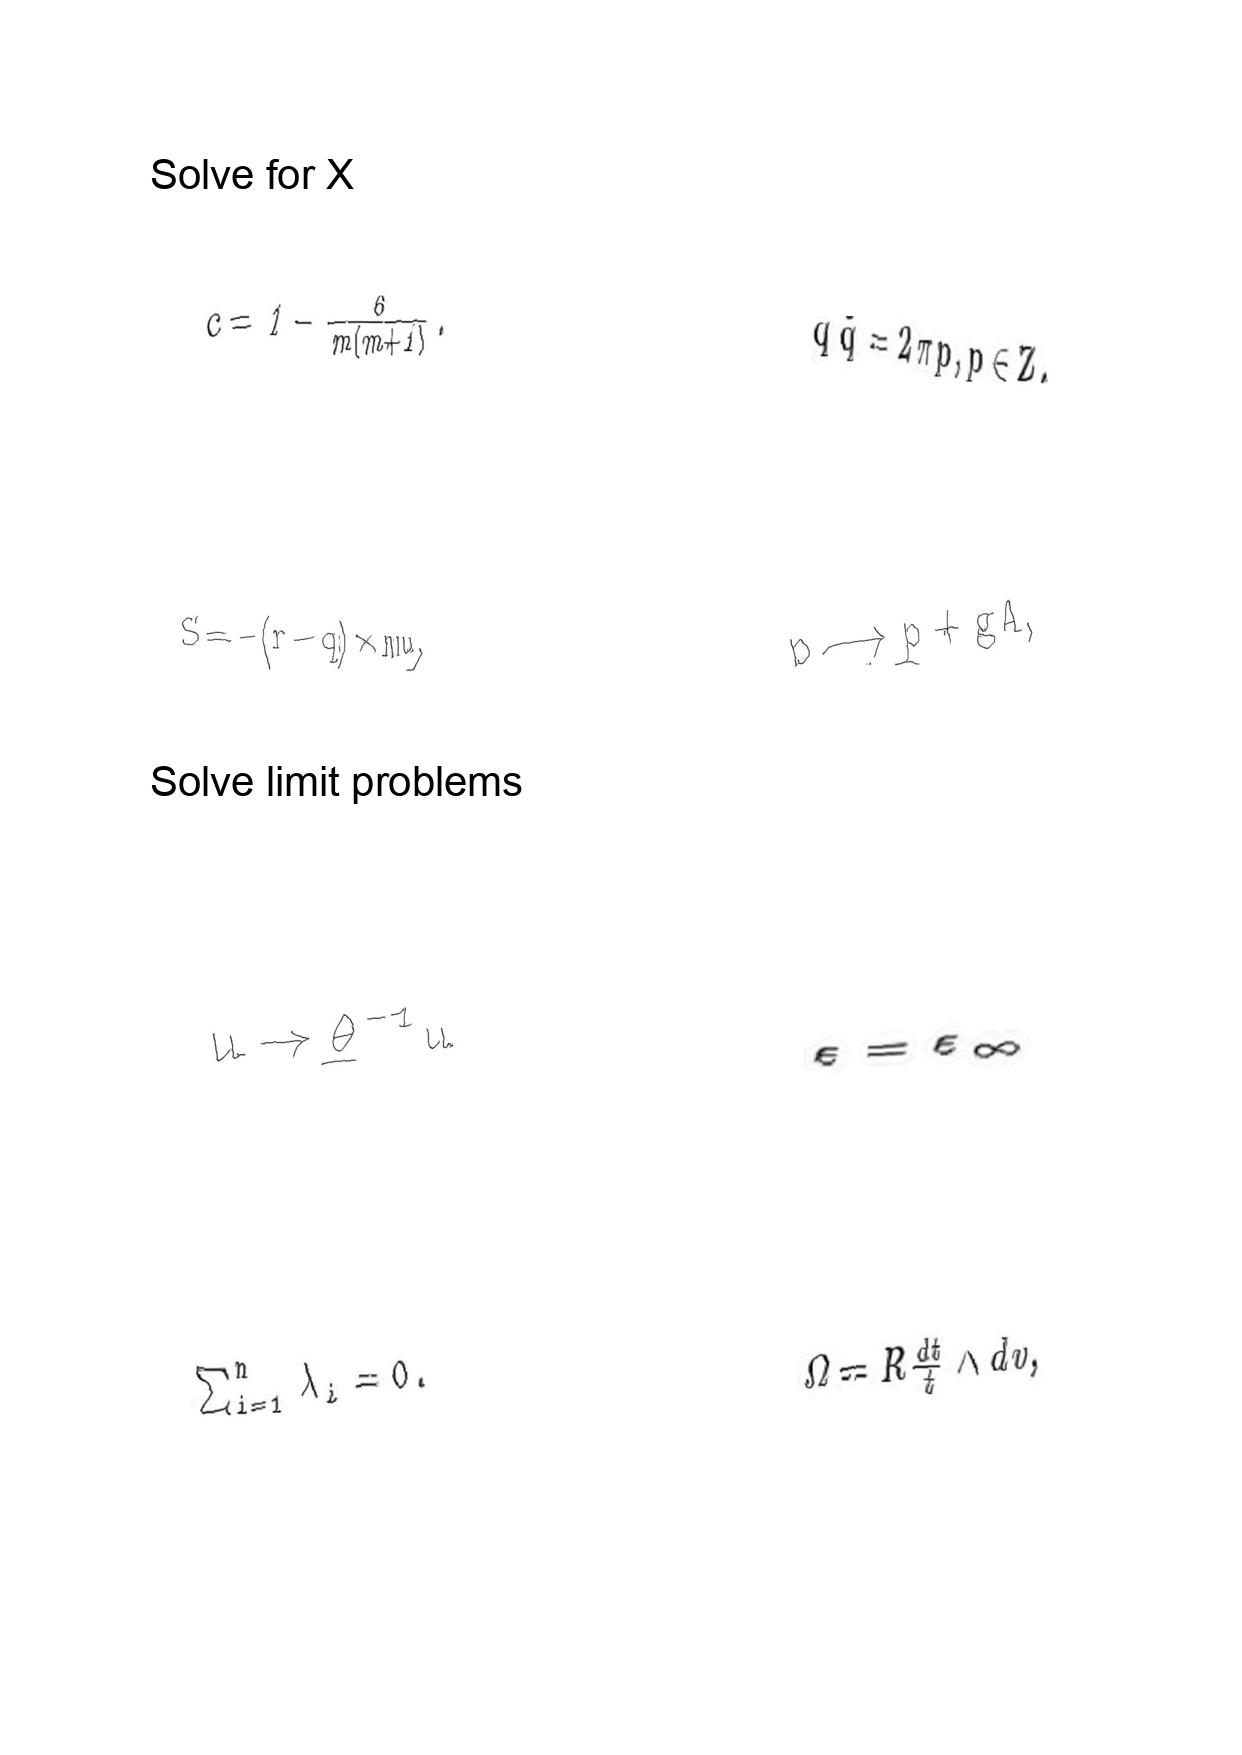
LaTeX transcription:
c = 1 - \frac { 6 } { m \lparen m + 1 \rparen } .
S = - \lparen r - q \rparen \times m u ,
u \rightarrow \underline { \theta } ^ { - 1 } u
\sum _ { i = 1 } ^ { n } \lambda _ { i } = 0 .
q \tilde { q } = 2 \pi p , p \in Z .
p \longrightarrow p + g A ,
\varepsilon = \varepsilon _ { \infty }
\Omega = R \frac { d t } { t } \wedge d v ,